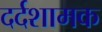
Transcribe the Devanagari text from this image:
दर्दशामक